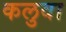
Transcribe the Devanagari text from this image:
कलुवा